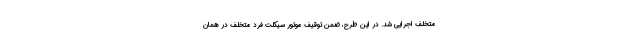
متخلف اجرایی شد. در این طرح، ضمن توقیف موتور سیکلت فرد متخلف در همان